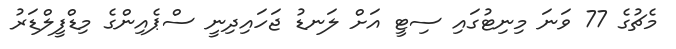
މެޗުގެ 77 ވަނަ މިނިޓުގައި ސިޓީ އަށް ލަނޑު ޖަހައިދިނީ ސްޕެއިންގެ މިޑްފީލްޑަރު